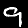
Label: 9